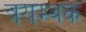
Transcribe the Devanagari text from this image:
त्रयम्बक